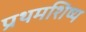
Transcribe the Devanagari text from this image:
प्रथमशिष्य